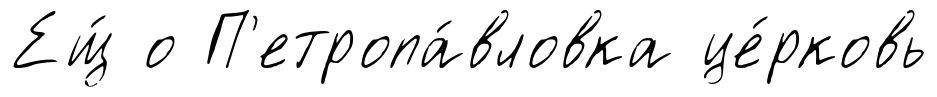
Ещ́ о П'етропа́вловка це́рковь